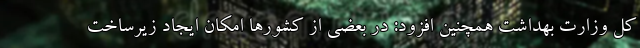
کل وزارت بهداشت همچنین افزود: در بعضی از کشورها امکان ایجاد زیرساخت